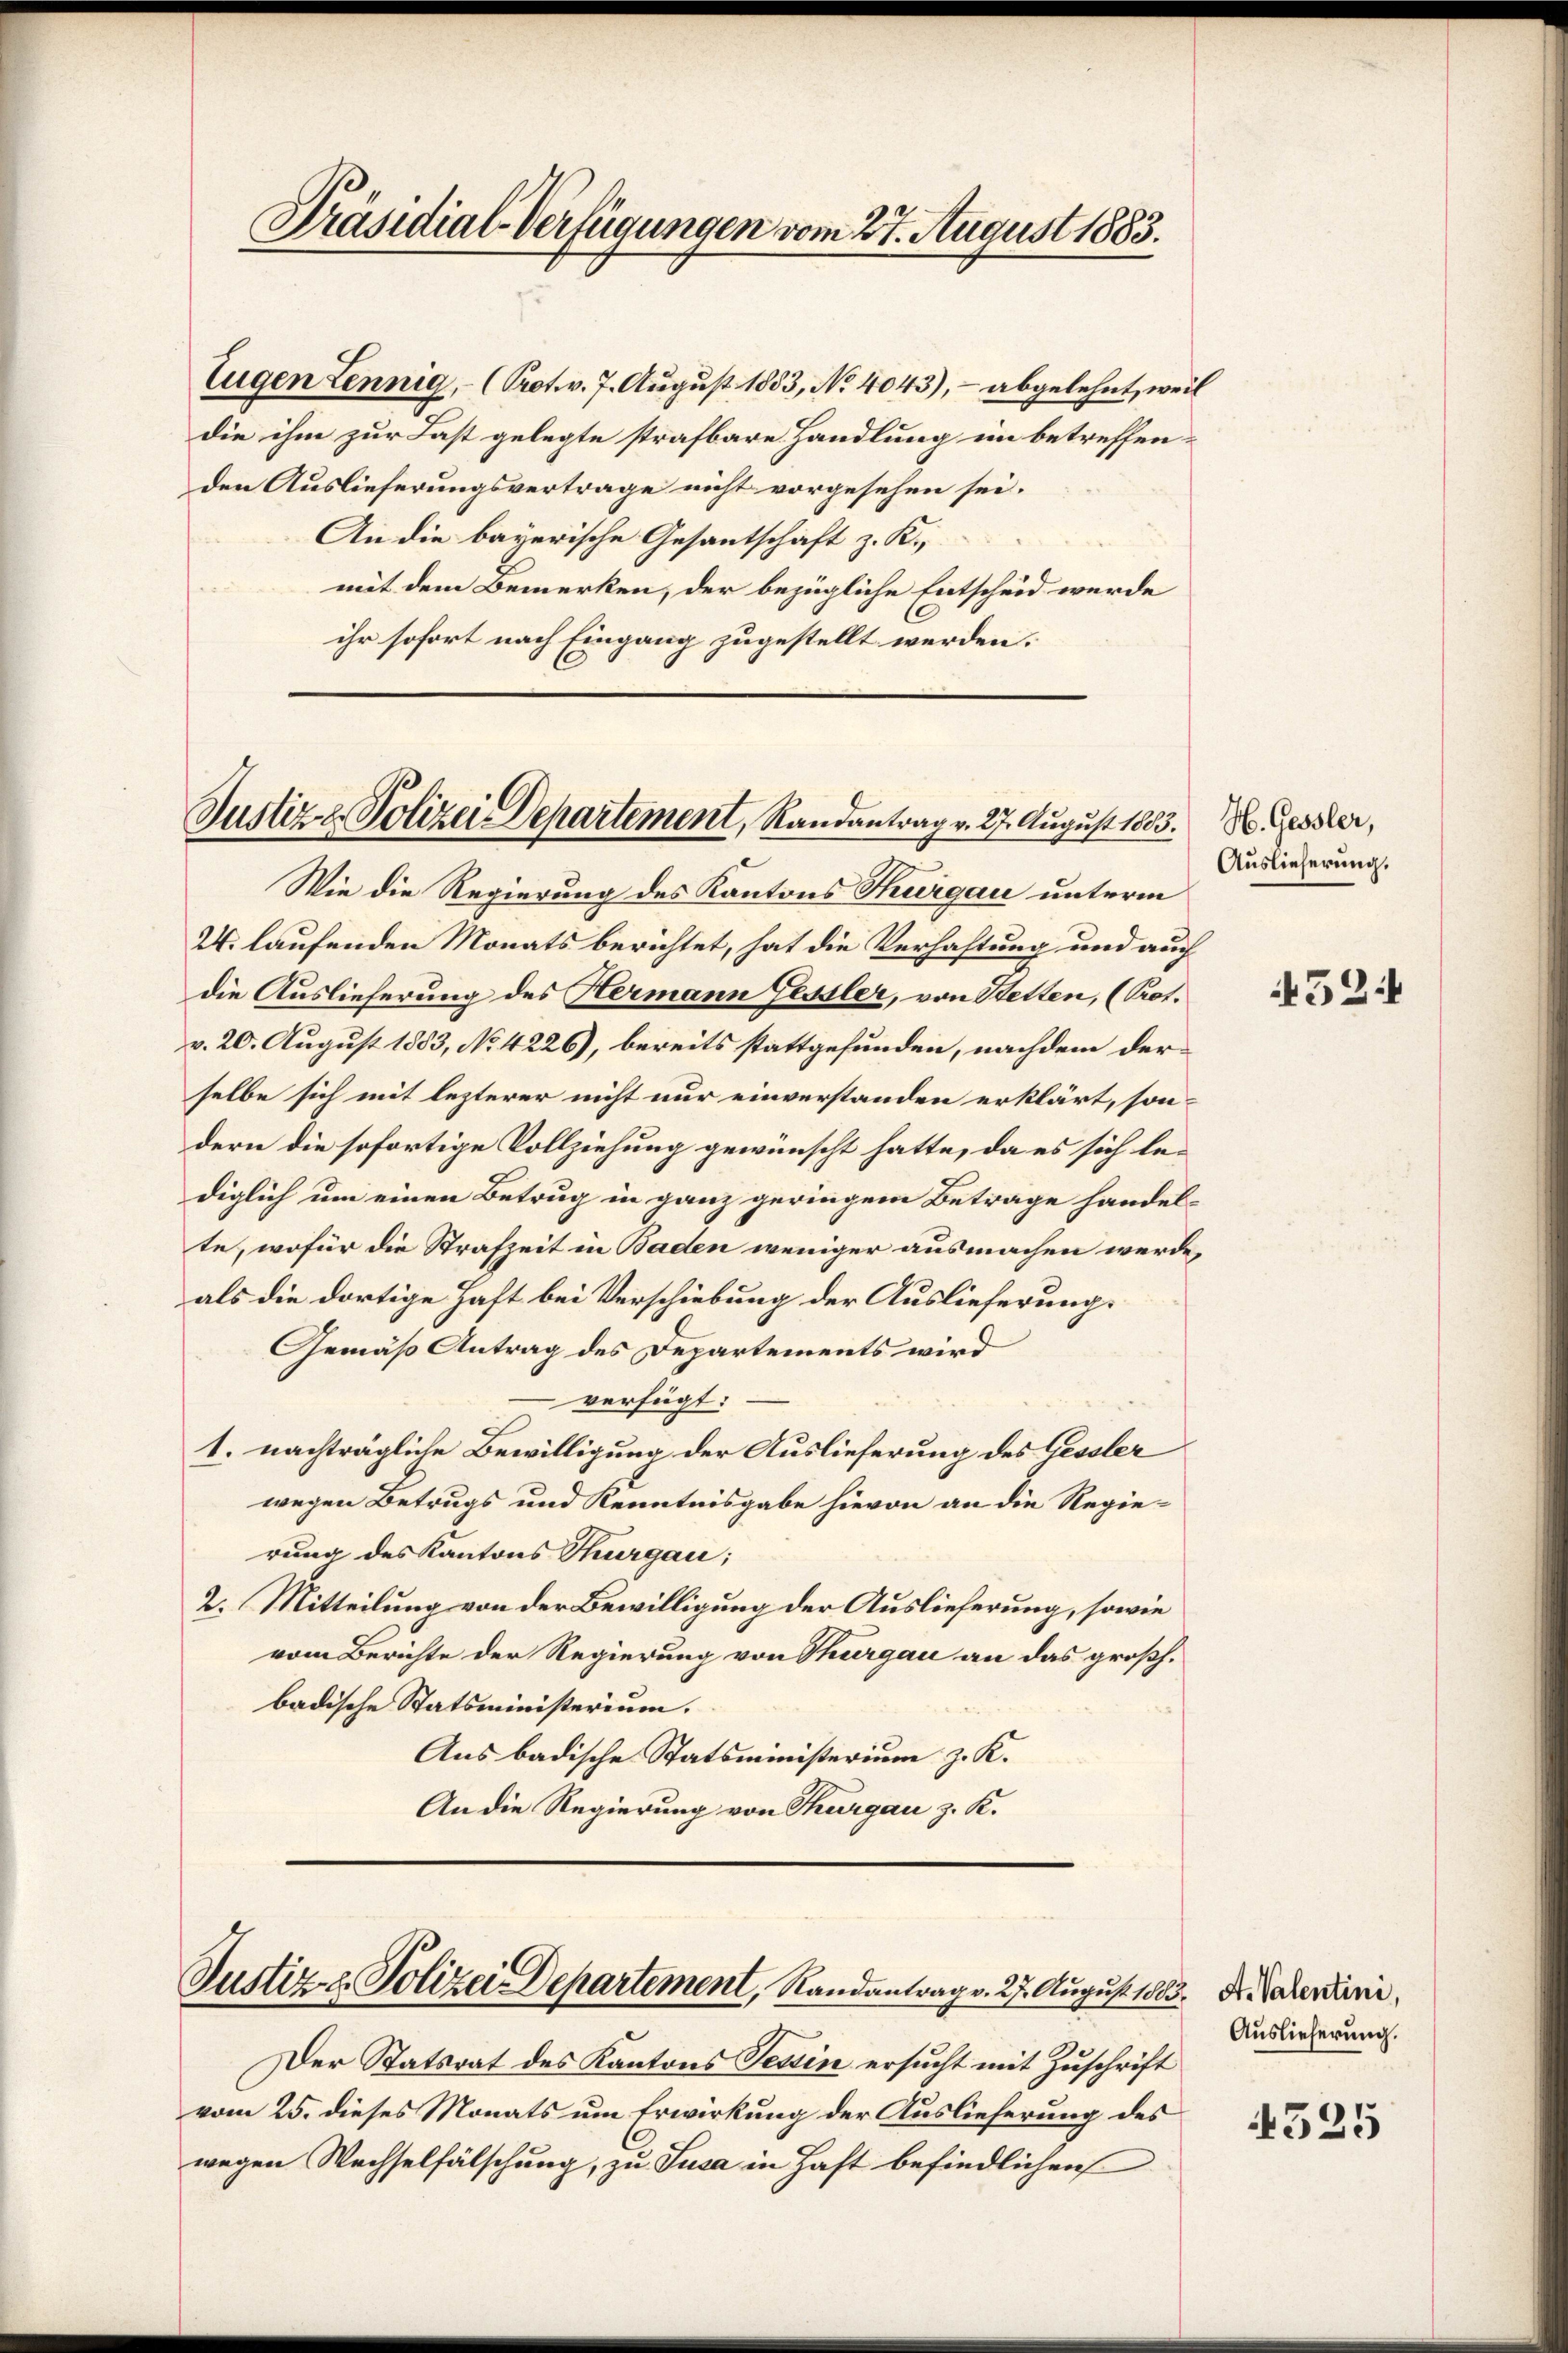
Präsidial-Verfügungen vom 27. August 1883.

Eugen Lennig, (Prot. v. 7. August 1883, No 4043), - abgelehnt, weil
die ihm zur Last gelegte strafbare Handlung im betreffenden Auslieferungsvertrage nicht vorgesehen sei.
An die bayerische Gesantschaft z. K.
mit dem Bemerken, der bezügliche Entscheid wurde
.
ihr sofort nach Eingang zugestellt werden.

Justiz- & Polizei Departement, Randantrag v. 27. August 1883. Niessler,

Wie die Regierung des Kantons Thurgau unterm
24. laufenden Monats berichtet, hat die Verhaftung und auch
die Auslieferung des Hermann Gessler, von Stetten, (Prof.
v. 20. August 1883, No 4226), bereits stattgefunden, nachdem derselbe sich mit lezterer nicht nur einverstanden erklärt, sondern die sofortige Vollziehung gewünscht hatte, da es sich lediglich um einen Betrug in ganz geringem Betrage handel
te, wofür die Strafzeit in Baden weniger ausmachen werde,
als die dortige Haft bei Verschiebung der Auslieferung.
Gemäß Antrag des Departements wird
verfügt:
1. nachträgliche Bewilligung der Auslieferung des Gessler
wegen Betrugs und Kenntnisgabe hievon an die Regierung des Kantons Thurgau;
2. Mitteilung von der Bewilligung der Auslieferung, sowie
vom Berichte der Regierung von Thurgau an das großh.
badische Statsministerium.
Aus badische Statsministerium z. K.
An die Regierung von Thurgau z. K.

Justiz- & Polizei Departement, Randantrag v. 27. August 1803. Dr. Paterdini,

Der Statsrat des Kantons Tessin ersucht mit Zuschrift
vom 25. dieses Monats um Erwirkung der Auslieferung des
wegen Wechselfälschung, zu Susa in Haft befindlichen

Auslieferung.

452

Auslieferung.

525